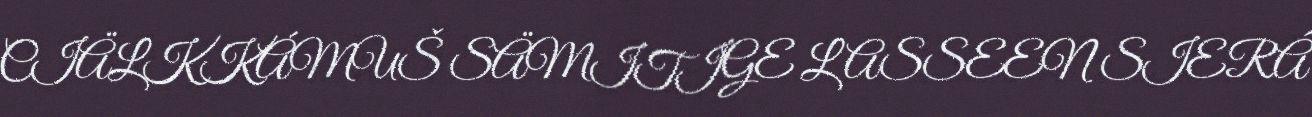
CIÄLKKÁMUŠ SÄMITIGE LASSEEN SIERÂ